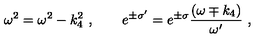
\omega ^ { 2 } = \omega ^ { 2 } - k _ { 4 } ^ { 2 } \ , \qquad e ^ { \pm \sigma ^ { \prime } } = e ^ { \pm \sigma } { \frac { ( \omega \mp k _ { 4 } ) } { \omega ^ { \prime } } } \ ,